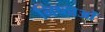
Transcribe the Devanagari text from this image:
निष्ठाओं